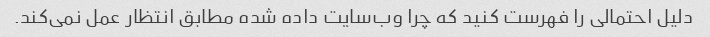
دلیل احتمالی را فهرست کنید که چرا وب‌سایت داده شده مطابق انتظار عمل نمی‌کند.